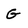
Character: G